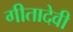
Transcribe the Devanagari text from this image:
गीतादेवी